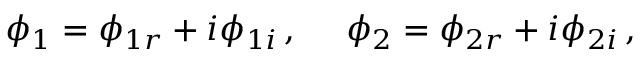
\phi _ { 1 } = \phi _ { 1 r } + i \phi _ { 1 i } \, , ~ ~ ~ ~ \phi _ { 2 } = \phi _ { 2 r } + i \phi _ { 2 i } \, ,